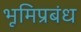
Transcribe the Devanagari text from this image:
भूमिप्रबंध